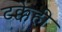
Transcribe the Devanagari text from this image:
टक्केही